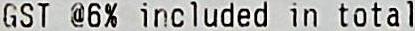
GST @6% INCLUDED IN TOTAL